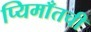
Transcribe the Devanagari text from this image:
प्यिमाँतची